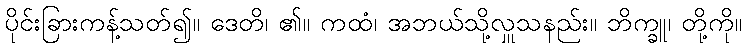
ပိုင်းခြားကန့်သတ်၍။ ဒေတိ၊ ၏။ ကထံ၊ အဘယ်သို့လှူသနည်း။ ဘိက္ခူ၊ တို့ကို။